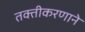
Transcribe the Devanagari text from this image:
तक्तीकरणाने